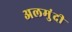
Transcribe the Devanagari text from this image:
अलमुंदी